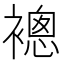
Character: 𧜢